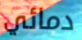
دمائي